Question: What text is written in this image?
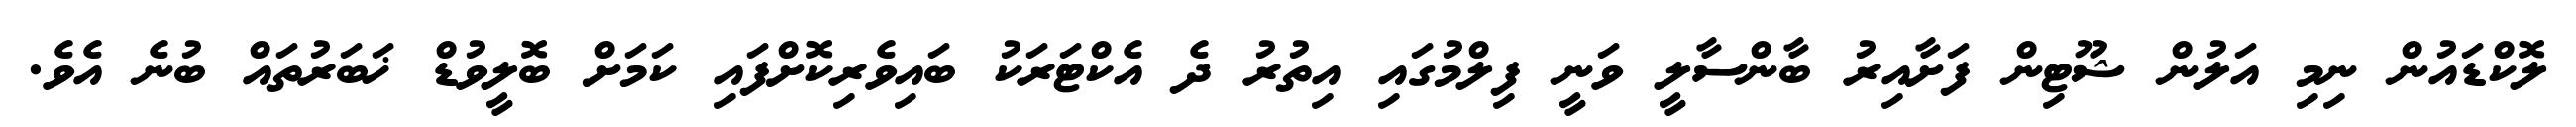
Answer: ލޮކްޑައުން ނިމި އަލުން ޝޫޓިން ފަށާއިރު ބާންސާލީ ވަނީ ފިލްމުގައި އިތުރު ދެ އެކްޓަރަކު ބައިވެރިކޮށްފައި ކަމަށް ބޮލީވުޑް ޚަބަރުތައް ބުނެ އެވެ.